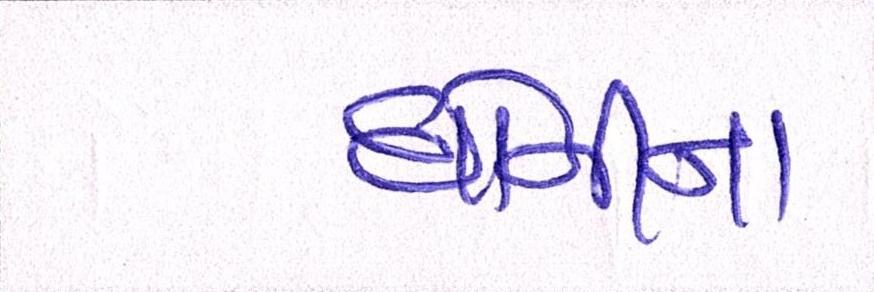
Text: ધોનીના